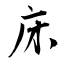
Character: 床